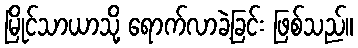
မြိုင်သာယာသို့ ရောက်လာခဲ့ခြင်း ဖြစ်သည်။